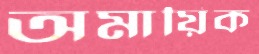
অমায়িক